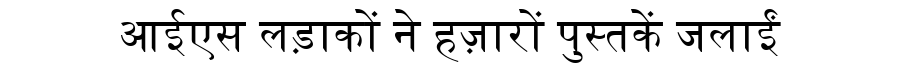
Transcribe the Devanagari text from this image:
आईएस लड़ाकों ने हज़ारों पुस्तकें जलाईं